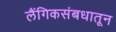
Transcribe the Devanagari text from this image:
लैंगिकसंबधातून